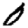
Digit: 0